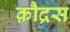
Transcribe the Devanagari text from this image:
क़ौद्रस